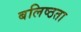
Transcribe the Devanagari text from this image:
बलिष्ठता